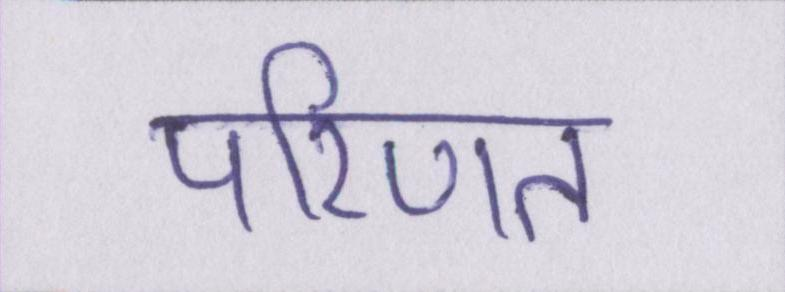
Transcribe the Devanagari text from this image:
परिणत